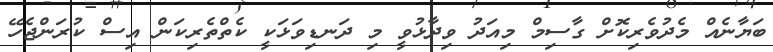
ބަޔާނެއް މެދުވެރިކޮށް ގާސިމް މިއަދު ވިދާޅުވީ މި ދަނޑިވަޅަކީ ކެތްތެރިކަން އިސް ކުރަންޖެހޭ